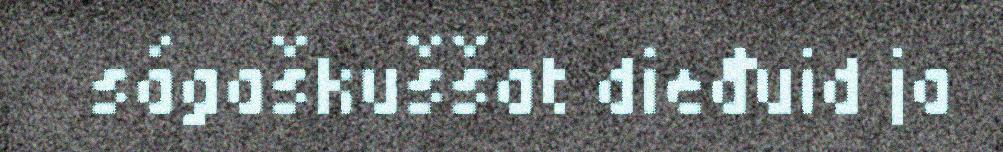
ságaškuššat dieđuid ja